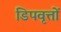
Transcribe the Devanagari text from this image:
डिपवृत्तों